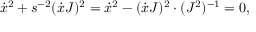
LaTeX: \dot { x } ^ { 2 } + s ^ { - 2 } ( \dot { x } J ) ^ { 2 } = \dot { x } ^ { 2 } - ( \dot { x } J ) ^ { 2 } \cdot ( J ^ { 2 } ) ^ { - 1 } = 0 ,